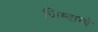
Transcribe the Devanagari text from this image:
जिम्बाम्बे